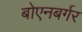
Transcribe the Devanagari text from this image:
बोएनबर्गर